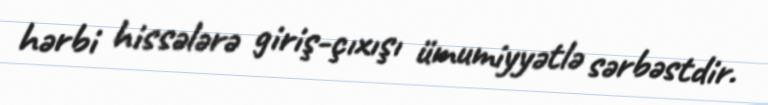
hərbi hissələrə giriş-çıxışı ümumiyyətlə sərbəstdir.